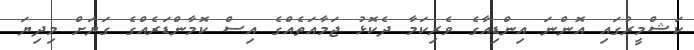
ކަޝްމީރުގައި އޮންނަ އިންޑިއާގެ ވެރިކަމާ ދެކޮޅު ޖަމާއަތެއްގެ އިސް ކޮމާންޑަރެއްގެ ގަޔަށް މިދިޔަ